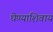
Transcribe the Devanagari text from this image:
घेण्याशिवाय